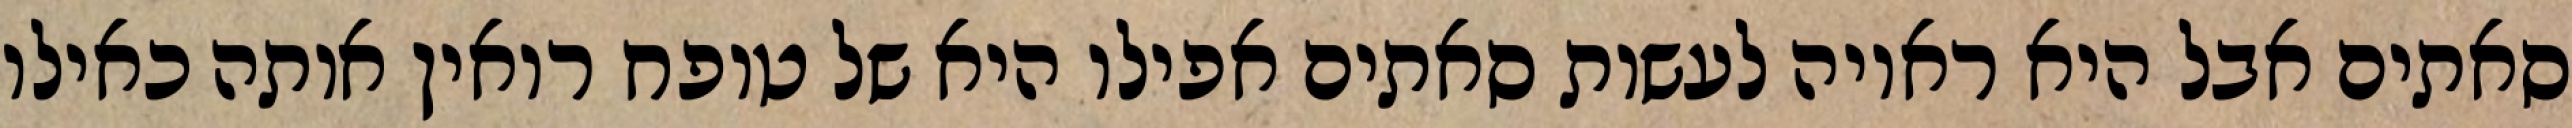
סאתים אבל היא ראויה לעשות סאתים אפילו היא של טופח רואין אותה כאילו